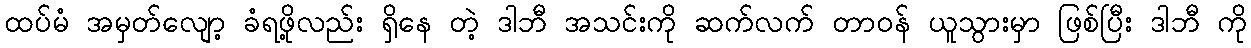
ထပ်မံ အမှတ်လျော့ ခံရဖို့လည်း ရှိနေ တဲ့ ဒါဘီ အသင်းကို ဆက်လက် တာဝန် ယူသွားမှာ ဖြစ်ပြီး ဒါဘီ ကို